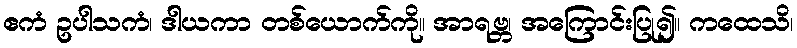
ဧကံ ဥပါသကံ၊ ဒါယကာ တစ်ယောက်ကို။ အာရဗ္ဘ၊ အကြောင်းပြု၍။ ကထေသိ၊